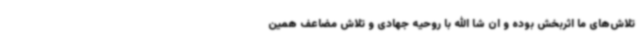
تلاش‌های ما اثربخش بوده و ان شا الله با روحیه جهادی و تلاش مضاعف همین